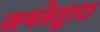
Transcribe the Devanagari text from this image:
जनतेद्वारा